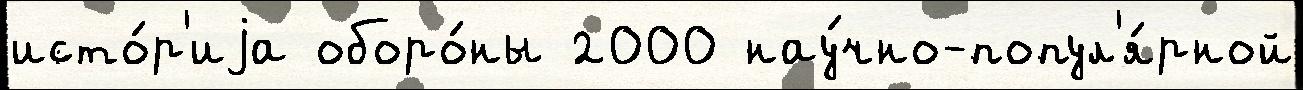
исто́р'иjа оборо́ны 2000 нау́чно-попул'я́рной